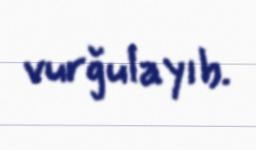
vurğulayıb.